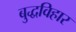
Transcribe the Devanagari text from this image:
बुद्धविहार